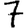
Digit: 7